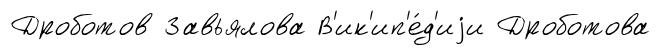
Дроботов Завьялова В'ик'ип'е́д'иjи Дроботова